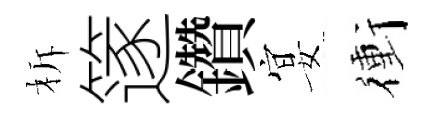
柝篴鑽宴衝